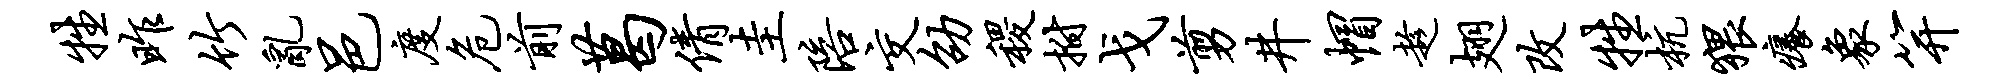
牲昨竹乱邑度危前葛倩圭陪交劭稷拊戈剪井帽趁翅改牲杭猥痒象笄